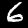
Digit: 6